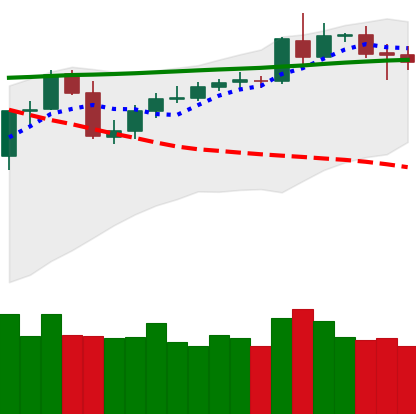
Ticker: BNB-USD
Chart end date: 2020-05-05
Forward return: -9.599%
Label: down_7plus